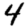
Digit: 4